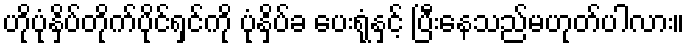
ဟိုပုံနှိပ်တိုက်ပိုင်ရှင်ကို ပုံနှိပ်ခ ပေးရုံနှင့် ပြီးနေသည်မဟုတ်ပါလား။